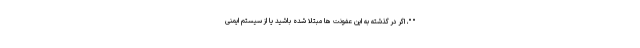
" "، اگر در گذشته به این عفونت ها مبتلا شده باشید یا از سیستم ایمنی